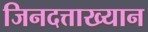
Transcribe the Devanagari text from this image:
जिनदत्ताख्यान